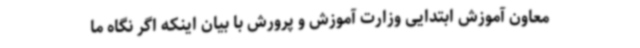
معاون آموزش ابتدایی وزارت آموزش و پرورش با بیان اینکه اگر نگاه ما